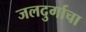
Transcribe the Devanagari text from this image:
जलदुर्गाचा